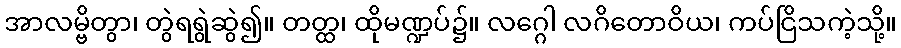
အာလမ္ဗိတွာ၊ တွဲရရွဲဆွဲ၍။ တတ္ထ၊ ထိုမဏ္ဍပ်၌။ လဂ္ဂေါ လဂိတောဝိယ၊ ကပ်ငြိသကဲ့သို့။